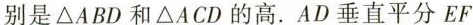
别是△ABD和△ACD的高.AD垂直平分EF